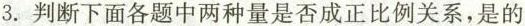
3. 判断下面各题中两种量是否成正比例关系，是的